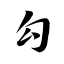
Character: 勾